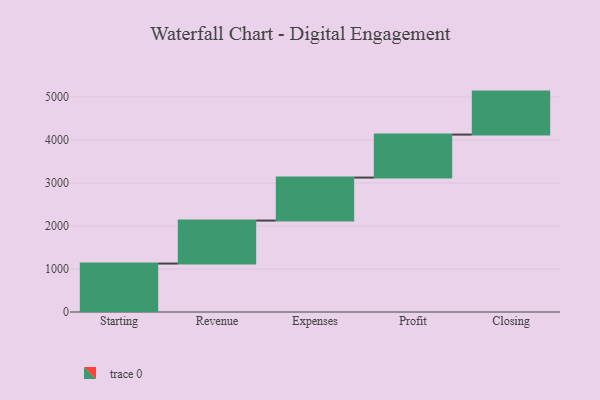
{"axis": {"x": "Step", "y": "Value"}, "legend": [""], "data": [{"x": "Starting", "y": 1127.0, "type": ""}, {"x": "Revenue", "y": 1000, "type": ""}, {"x": "Expenses", "y": 1000, "type": ""}, {"x": "Profit", "y": 1000, "type": ""}, {"x": "Closing", "y": 1000, "type": ""}]}